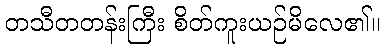
တသီတတန်းကြီး စိတ်ကူးယဉ်မိလေ၏။